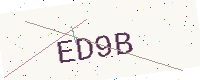
Text: ED9B